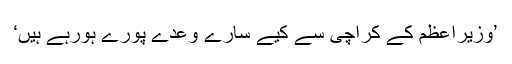
’وزیراعظم کے کراچی سے کیے سارے وعدے پورے ہورہے ہیں‘